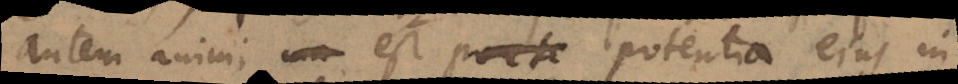
autem animi est, potentia ejus in